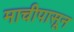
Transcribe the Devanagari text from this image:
माचीपासून